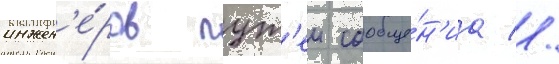
инжен'е́ров пут'еи сообще́н'иа //